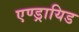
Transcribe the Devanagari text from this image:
एण्ड्रायिड